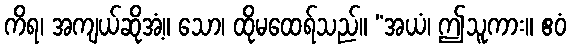
ကိရ၊ အကျယ်ဆိုအံ့။ သော၊ ထိုမထေရ်သည်။ “အယံ၊ ဤသူကား။ ဧဝံ